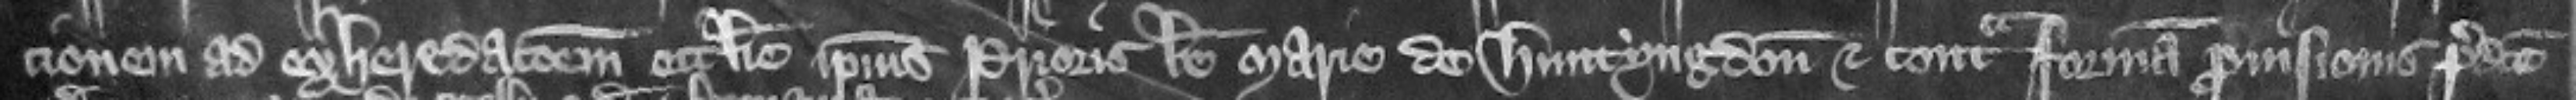
cionem ad exheredacionem ecclesie ipsius prioris beate Marie de Huntyngdon et contra formam prouisionis predicte